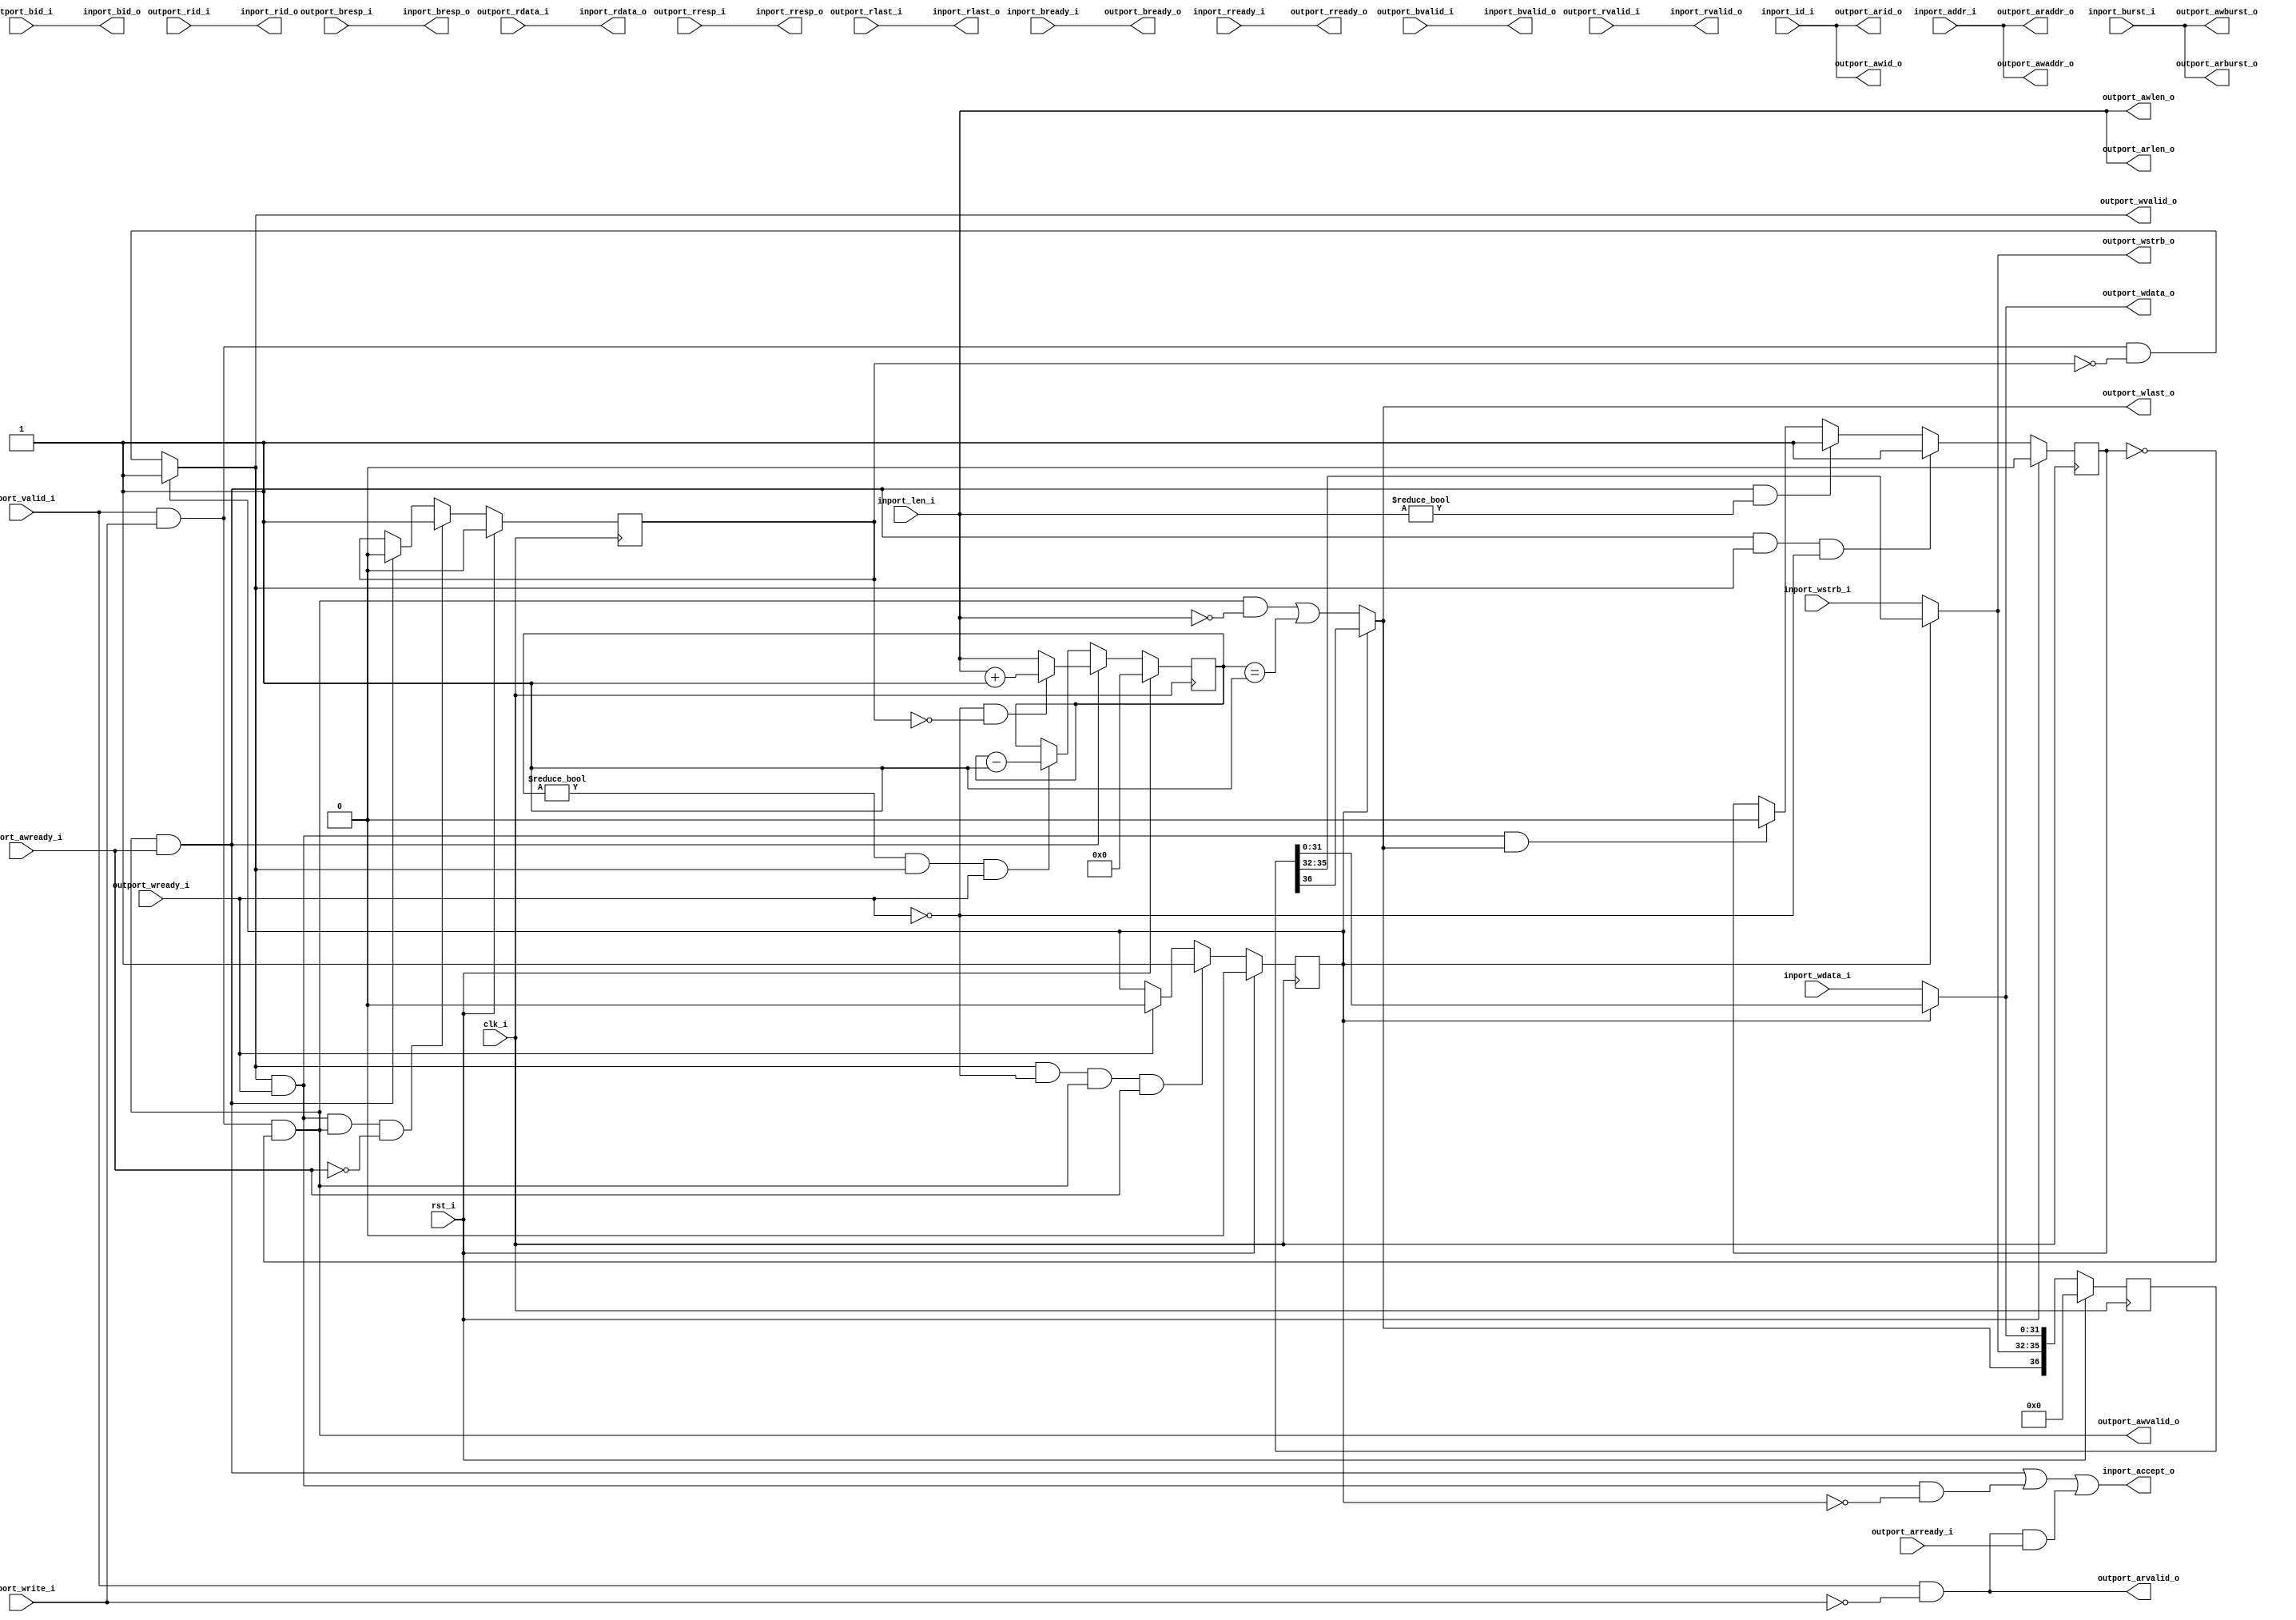
//-----------------------------------------------------------------
//                         RISC-V Core
//                            V0.9.8
//                     Ultra-Embedded.com
//                     Copyright 2014-2019
//
//                   admin@ultra-embedded.com
//
//                       License: BSD
//-----------------------------------------------------------------
//
// Copyright (c) 2014-2019, Ultra-Embedded.com
// All rights reserved.
// 
// Redistribution and use in source and binary forms, with or without
// modification, are permitted provided that the following conditions 
// are met:
//   - Redistributions of source code must retain the above copyright
//     notice, this list of conditions and the following disclaimer.
//   - Redistributions in binary form must reproduce the above copyright
//     notice, this list of conditions and the following disclaimer 
//     in the documentation and/or other materials provided with the 
//     distribution.
//   - Neither the name of the author nor the names of its contributors 
//     may be used to endorse or promote products derived from this 
//     software without specific prior written permission.
// 
// THIS SOFTWARE IS PROVIDED BY THE COPYRIGHT HOLDERS AND CONTRIBUTORS 
// "AS IS" AND ANY EXPRESS OR IMPLIED WARRANTIES, INCLUDING, BUT NOT 
// LIMITED TO, THE IMPLIED WARRANTIES OF MERCHANTABILITY AND FITNESS FOR 
// A PARTICULAR PURPOSE ARE DISCLAIMED. IN NO EVENT SHALL THE AUTHOR BE 
// LIABLE FOR ANY DIRECT, INDIRECT, INCIDENTAL, SPECIAL, EXEMPLARY, OR 
// CONSEQUENTIAL DAMAGES (INCLUDING, BUT NOT LIMITED TO, PROCUREMENT OF 
// SUBSTITUTE GOODS OR SERVICES; LOSS OF USE, DATA, OR PROFITS; OR 
// BUSINESS INTERRUPTION) HOWEVER CAUSED AND ON ANY THEORY OF 
// LIABILITY, WHETHER IN CONTRACT, STRICT LIABILITY, OR TORT
// (INCLUDING NEGLIGENCE OR OTHERWISE) ARISING IN ANY WAY OUT OF 
// THE USE OF THIS SOFTWARE, EVEN IF ADVISED OF THE POSSIBILITY OF 
// SUCH DAMAGE.
//-----------------------------------------------------------------
module dcache_axi_axi
(
    // Inputs
     input           clk_i
    ,input           rst_i
    ,input           inport_valid_i
    ,input           inport_write_i
    ,input  [ 31:0]  inport_addr_i
    ,input  [  3:0]  inport_id_i
    ,input  [  7:0]  inport_len_i
    ,input  [  1:0]  inport_burst_i
    ,input  [ 31:0]  inport_wdata_i
    ,input  [  3:0]  inport_wstrb_i
    ,input           inport_bready_i
    ,input           inport_rready_i
    ,input           outport_awready_i
    ,input           outport_wready_i
    ,input           outport_bvalid_i
    ,input  [  1:0]  outport_bresp_i
    ,input  [  3:0]  outport_bid_i
    ,input           outport_arready_i
    ,input           outport_rvalid_i
    ,input  [ 31:0]  outport_rdata_i
    ,input  [  1:0]  outport_rresp_i
    ,input  [  3:0]  outport_rid_i
    ,input           outport_rlast_i

    // Outputs
    ,output          inport_accept_o
    ,output          inport_bvalid_o
    ,output [  1:0]  inport_bresp_o
    ,output [  3:0]  inport_bid_o
    ,output          inport_rvalid_o
    ,output [ 31:0]  inport_rdata_o
    ,output [  1:0]  inport_rresp_o
    ,output [  3:0]  inport_rid_o
    ,output          inport_rlast_o
    ,output          outport_awvalid_o
    ,output [ 31:0]  outport_awaddr_o
    ,output [  3:0]  outport_awid_o
    ,output [  7:0]  outport_awlen_o
    ,output [  1:0]  outport_awburst_o
    ,output          outport_wvalid_o
    ,output [ 31:0]  outport_wdata_o
    ,output [  3:0]  outport_wstrb_o
    ,output          outport_wlast_o
    ,output          outport_bready_o
    ,output          outport_arvalid_o
    ,output [ 31:0]  outport_araddr_o
    ,output [  3:0]  outport_arid_o
    ,output [  7:0]  outport_arlen_o
    ,output [  1:0]  outport_arburst_o
    ,output          outport_rready_o
);



//-------------------------------------------------------------
// Write Request
//-------------------------------------------------------------
reg awvalid_inhibit_q;
reg wvalid_inhibit_q;

always @ (posedge clk_i )
if (rst_i)
    awvalid_inhibit_q <= 1'b0;
else if (outport_awvalid_o && outport_awready_i && outport_wvalid_o && !outport_wready_i)
    awvalid_inhibit_q <= 1'b1;
else if (outport_awvalid_o && outport_awready_i && outport_awlen_o != 8'b0)
    awvalid_inhibit_q <= 1'b1;
else if (outport_wvalid_o && outport_wready_i && outport_wlast_o)
    awvalid_inhibit_q <= 1'b0;

always @ (posedge clk_i )
if (rst_i)
    wvalid_inhibit_q <= 1'b0;
else if (outport_wvalid_o && outport_wready_i && outport_awvalid_o && !outport_awready_i)
    wvalid_inhibit_q <= 1'b1;
else if (outport_awvalid_o && outport_awready_i)
    wvalid_inhibit_q <= 1'b0;

assign outport_awvalid_o = (inport_valid_i & inport_write_i & ~awvalid_inhibit_q);
assign outport_awaddr_o  = inport_addr_i;
assign outport_awid_o    = inport_id_i;
assign outport_awlen_o   = inport_len_i;
assign outport_awburst_o = inport_burst_i;

//-------------------------------------------------------------
// Write burst tracking
//-------------------------------------------------------------
reg  [7:0] req_cnt_q;

always @ (posedge clk_i )
if (rst_i)
    req_cnt_q <= 8'b0;
else if (outport_awvalid_o && outport_awready_i)
begin
    // First data not accepted yet
    if (!outport_wready_i && !wvalid_inhibit_q)
        req_cnt_q <= (outport_awlen_o + 8'd1);
    // First data already accepted
    else
        req_cnt_q <= outport_awlen_o;
end
else if (req_cnt_q != 8'd0 && outport_wvalid_o && outport_wready_i)
    req_cnt_q <= req_cnt_q - 8'd1;

wire wlast_w = (outport_awvalid_o && outport_awlen_o == 8'b0) || (req_cnt_q == 8'd1);

//-------------------------------------------------------------
// Write data skid buffer
//-------------------------------------------------------------
reg buf_valid_q;
always @ (posedge clk_i )
if (rst_i)
    buf_valid_q <= 1'b0;
else if (outport_wvalid_o && !outport_wready_i && outport_awvalid_o && outport_awready_i)
    buf_valid_q <= 1'b1;
else if (outport_wready_i)
    buf_valid_q <= 1'b0;

reg [36:0] buf_q;
always @ (posedge clk_i )
if (rst_i)
    buf_q <= 37'b0;
else
    buf_q <= {outport_wlast_o, outport_wstrb_o, outport_wdata_o};

assign outport_wvalid_o  = buf_valid_q ? 1'b1 : (inport_valid_i & inport_write_i & ~wvalid_inhibit_q);
assign outport_wdata_o   = buf_valid_q ? buf_q[31:0]  : inport_wdata_i;
assign outport_wstrb_o   = buf_valid_q ? buf_q[35:32] : inport_wstrb_i;
assign outport_wlast_o   = buf_valid_q ? buf_q[36:36] : wlast_w;

assign inport_bvalid_o   = outport_bvalid_i;
assign inport_bresp_o    = outport_bresp_i;
assign inport_bid_o      = outport_bid_i;
assign outport_bready_o  = inport_bready_i;

//-------------------------------------------------------------
// Read Request
//-------------------------------------------------------------
assign outport_arvalid_o = inport_valid_i & ~inport_write_i;
assign outport_araddr_o  = inport_addr_i;
assign outport_arid_o    = inport_id_i;
assign outport_arlen_o   = inport_len_i;
assign outport_arburst_o = inport_burst_i;
assign outport_rready_o  = inport_rready_i;

assign inport_rvalid_o   = outport_rvalid_i;
assign inport_rdata_o    = outport_rdata_i;
assign inport_rresp_o    = outport_rresp_i;
assign inport_rid_o      = outport_rid_i;
assign inport_rlast_o    = outport_rlast_i;

//-------------------------------------------------------------
// Accept logic
//-------------------------------------------------------------
assign inport_accept_o   = (outport_awvalid_o && outport_awready_i) || 
                           (outport_wvalid_o  && outport_wready_i && !buf_valid_q)  ||
                           (outport_arvalid_o && outport_arready_i);


endmodule